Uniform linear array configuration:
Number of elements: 24
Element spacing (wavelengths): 0.75
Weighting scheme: kaiser
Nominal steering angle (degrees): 15
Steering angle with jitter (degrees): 16.299
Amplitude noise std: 0.05
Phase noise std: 0.05

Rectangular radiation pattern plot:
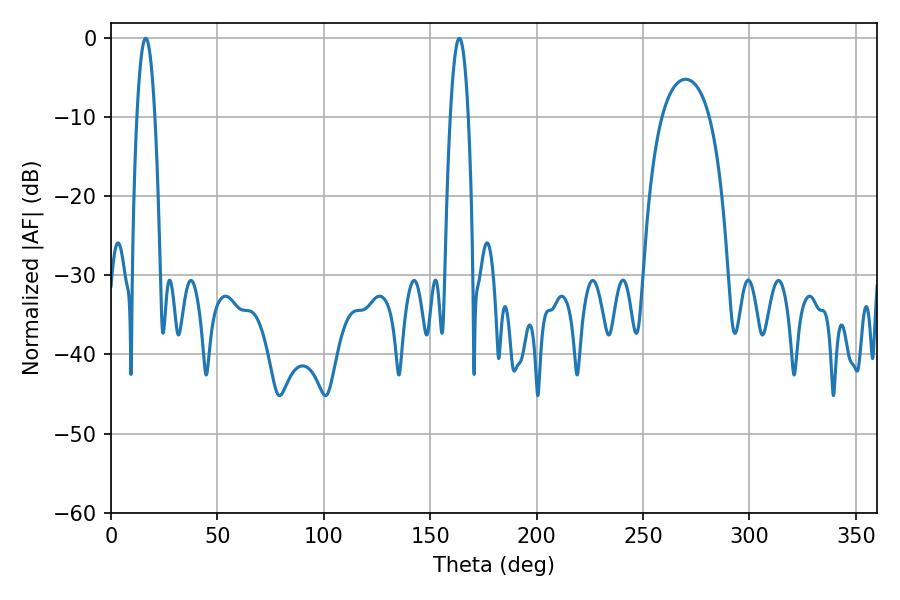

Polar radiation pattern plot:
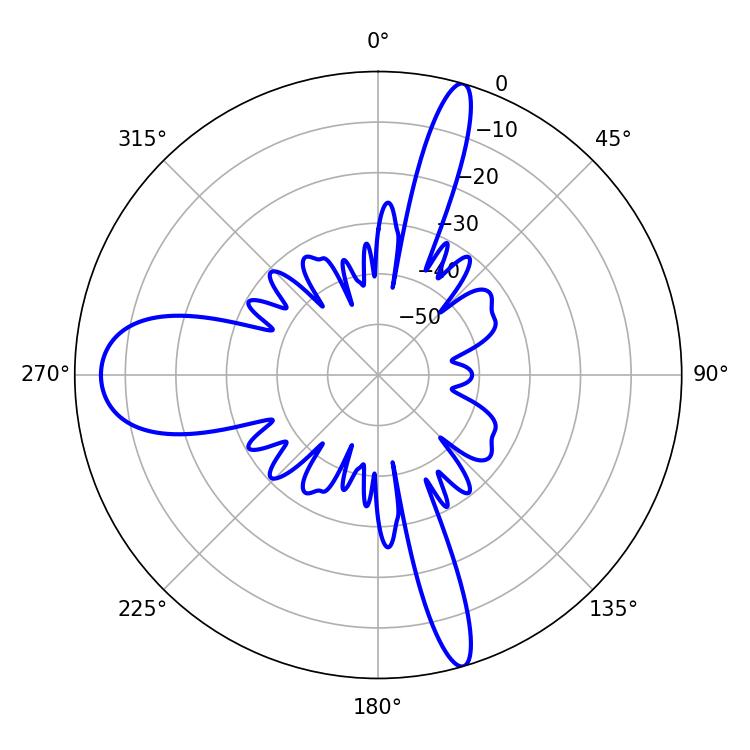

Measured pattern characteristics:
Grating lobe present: TRUE
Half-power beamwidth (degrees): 4.68
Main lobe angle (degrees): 16.38